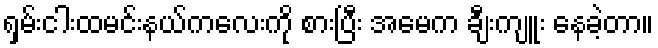
ရှမ်းငါးထမင်းနယ်ကလေးကို စားပြီး အမေက ချီးကျူး နေခဲ့တာ။